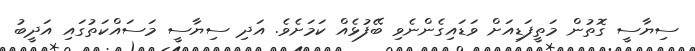
ސިޔާސީ ގޮތުން މަތީފަޑިއަށް ވަޑައިގެންނެވި ބޭފުޅެއް ކަމަށެވެ. އަދި ސިޔާސީ މަސައްކަތުގައި އަދީބު